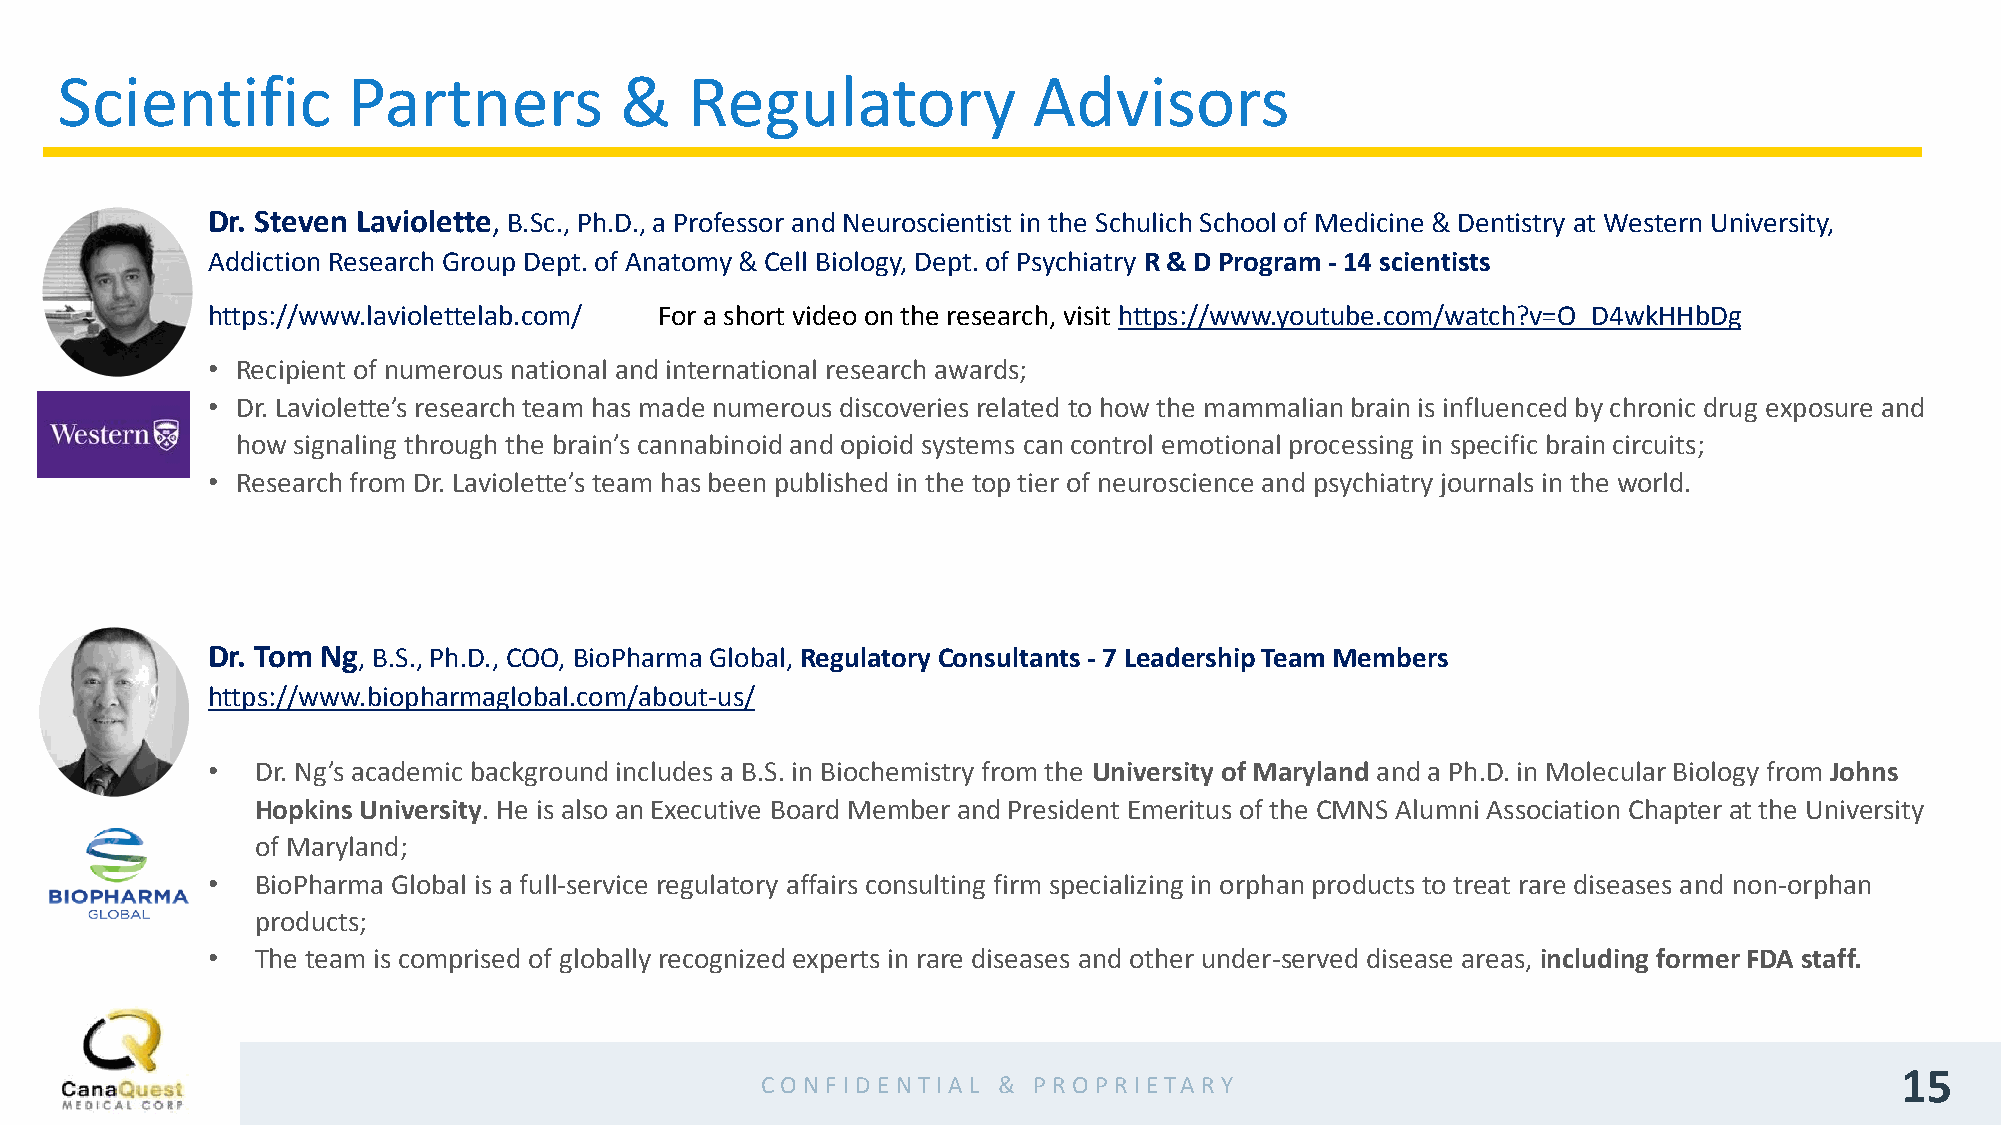
Scientific         Partners          &    Regulatory            Advisors
 Dr. Steven Laviolette, B.Sc., Ph.D., a Professor and Neuroscientist in the Schulich School of Medicine & Dentistry at Western University,
 Addiction Research Group Dept. of Anatomy & Cell Biology, Dept. of Psychiatry R & D Program - 14 scientists
 https://www.laviolettelab.com/ For a short video on the research, visit https://www.youtube.com/watch?v=O_D4wkHHbDg
 • Recipient of numerous national and international research awards;
 • Dr. Laviolette’s research team has made numerous discoveries related to how the mammalian brain is influenced by chronic drug exposure and
 how signaling through the brain’s cannabinoid and opioid systems can control emotional processing in specific brain circuits;
 • Research from Dr. Laviolette’s team has been published in the top tier of neuroscience and psychiatry journals in the world.
 Dr. Tom Ng, B.S., Ph.D., COO, BioPharma Global, Regulatory Consultants - 7 Leadership Team Members
 https://www.biopharmaglobal.com/about-us/
 •  Dr. Ng’s academic background includes a B.S. in Biochemistry from the University of Maryland and a Ph.D. in Molecular Biology from Johns
 Hopkins University. He is also an Executive Board Member and President Emeritus of the CMNS Alumni Association Chapter at the University
 of Maryland;
 •  BioPharma Global is a full-service regulatory affairs consulting firm specializing in orphan products to treat rare diseases and non-orphan
 products;
 •  The team is comprised of globally recognized experts in rare diseases and other under-served disease areas, including former FDA staff.
 15
 CO N F ID EN TIA L & PRO PR IETA RY